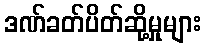
ဒဏ်ခတ်ပိတ်ဆို့မှုများ